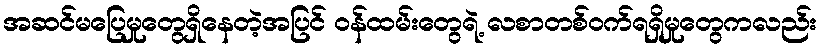
အဆင်မပြေမှုတွေရှိနေတဲ့အပြင် ဝန်ထမ်းတွေရဲ့ လစာတစ်ဝက်ရရှိမှုတွေကလည်း